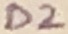
Text: D2